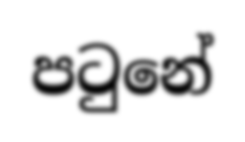
පටුනේ